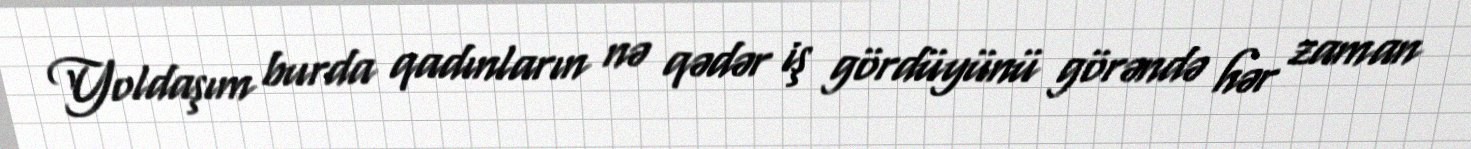
Yoldaşım burda qadınların nə qədər iş gördüyünü görəndə hər zaman